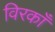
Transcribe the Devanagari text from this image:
विरकाँ